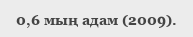
0,6 мың адам (2009).